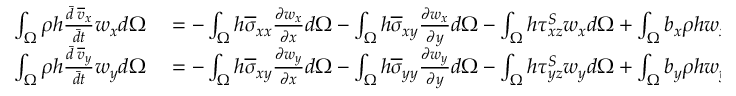
\begin{array} { r l } { \int _ { \Omega } \rho h \frac { \Bar { d } \; \overline { { v } } _ { x } } { \Bar { d t } } w _ { x } d \Omega } & { { } = - \int _ { \Omega } h \overline { { \sigma } } _ { x x } \frac { \partial w _ { x } } { \partial x } d \Omega - \int _ { \Omega } h \overline { { \sigma } } _ { x y } \frac { \partial w _ { x } } { \partial y } d \Omega - \int _ { \Omega } h \tau _ { x z } ^ { S } w _ { x } d \Omega + \int _ { \Omega } b _ { x } \rho h w _ { x } d \Omega } \\ { \int _ { \Omega } \rho h \frac { \Bar { d } \; \overline { { v } } _ { y } } { \Bar { d t } } w _ { y } d \Omega } & { { } = - \int _ { \Omega } h \overline { { \sigma } } _ { x y } \frac { \partial w _ { y } } { \partial x } d \Omega - \int _ { \Omega } h \overline { { \sigma } } _ { y y } \frac { \partial w _ { y } } { \partial y } d \Omega - \int _ { \Omega } h \tau _ { y z } ^ { S } w _ { y } d \Omega + \int _ { \Omega } b _ { y } \rho h w _ { y } d \Omega } \end{array}